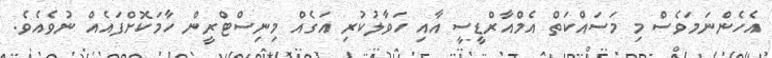
އެެހެންނަަމަވެސް މި މަސައްކަތް އެމްއާރްޑީސީ އާއި ހަވާލުކުރި އަގެއް މިނިސްޓްރީން ހާމަކޮށްފައެއް ނުވެއެވެ.